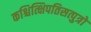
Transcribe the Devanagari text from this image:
कश्चित्क्षिपतिसत्पुत्रो